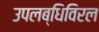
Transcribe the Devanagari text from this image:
उपलब्धिविरल